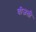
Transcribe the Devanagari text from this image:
वीजली